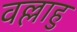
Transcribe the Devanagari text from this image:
वल्लाहु